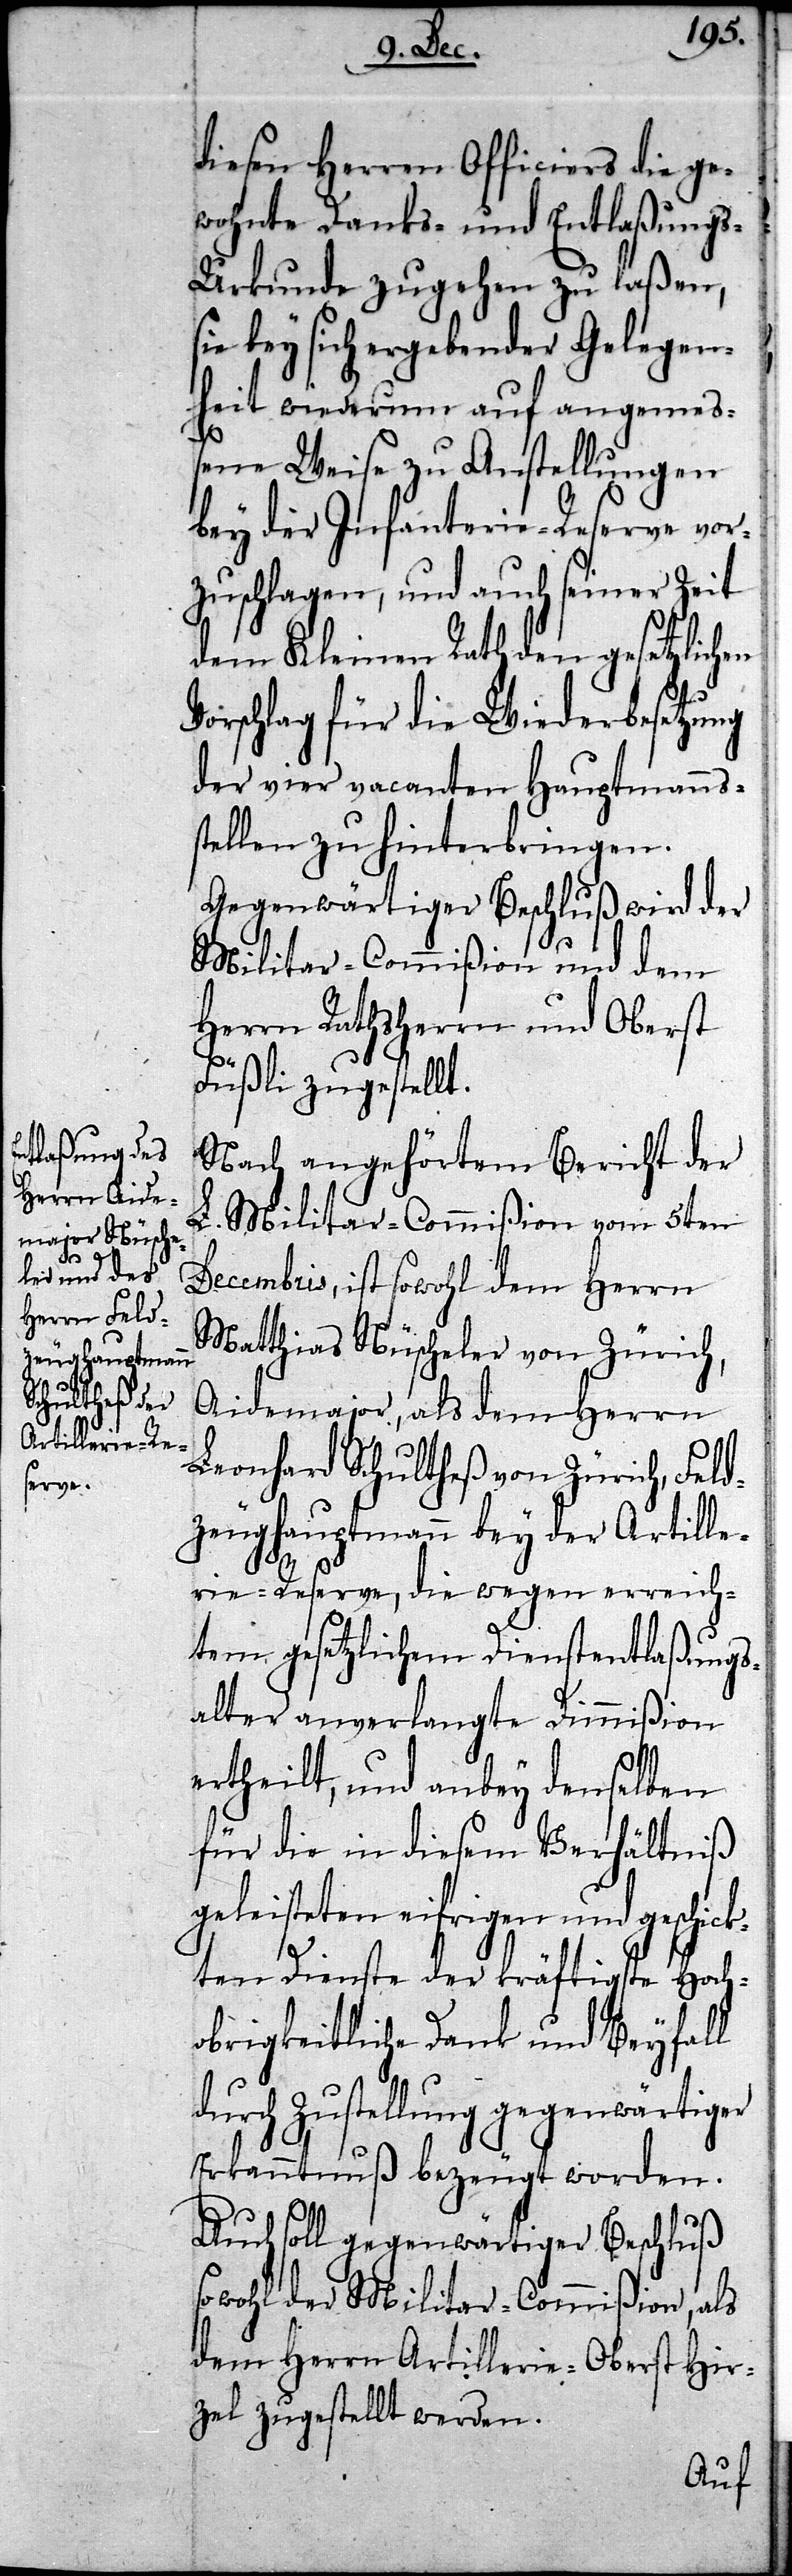
diesen Herren Officiers die ge¬
wohnte Danks- und Entlaßungs-U¬
rkunde zugehen zu laßen,
sie bey sich ergebender Gelegen¬
heit wiederum auf angemeß¬
ene Weise zu Anstellungen
bey der Infanterie-Reserve vor¬
zuschlagen, und auch seiner Zeit
dem Kleinen Rath den gesetzlichen
Vorschlag für die Wiederbesetzung
der vier vacanten Hauptmanns¬
stellen zu hinterbringen.
Gegenwärtiger Beschluß wird der
Militar-Commißion und dem
Herrn Rathsherrn und Oberst
Füßli zugestellt.
Nach angehörtem Bericht der
L. Militar-Commißion vom 5ten
Decembris, ist sowohl dem Herrn
Matthias Nüscheler von Zürich,
Aidemajor, als dem Herrn
Leonhard Schultheß von Zürich, Feld¬
zeughauptmann bey der Artille¬
rie-Reserve, die wegen erreich¬
tem gesetzlichem Dienstentlaßungs¬
alter anverlangte Dimmißion
ertheilt, und anbey denselben
für die in diesem Verhältniß
geleisteten eifrigen und geschick¬
ten Dienste der kräftigste Hoch¬
obrigkeitliche Dank und Beyfall
durch Zustellung gegenwärtiger
Erkanntnuß bezeugt worden.
Auch soll gegenwärtiger Beschluß
sowohl der Militar-Commißion, als
dem Herrn Artillerie-Oberst Hir¬
zel zugestellt werden.